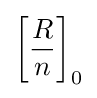
\left[{\frac {R}{n}}\right]_{0}